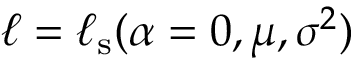
\ell = \ell _ { \mathrm { s } } ( \boldsymbol { \alpha } = \boldsymbol { 0 } , \mu , \boldsymbol { \sigma ^ { 2 } } )